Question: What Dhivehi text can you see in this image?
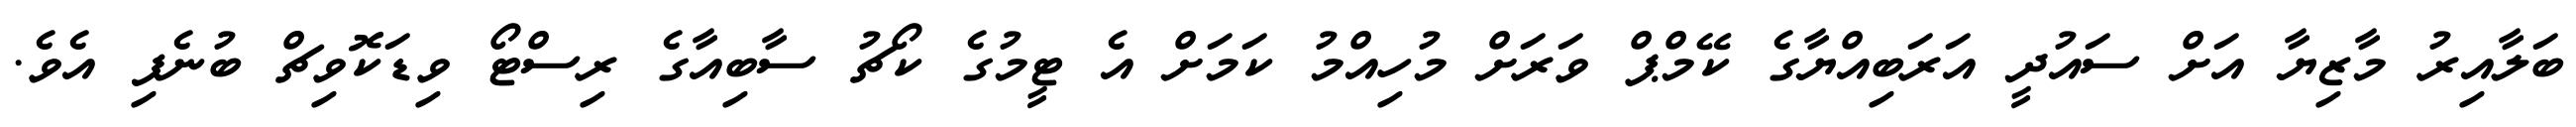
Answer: ބަލާއިރު މާޒިޔާ އަށް ސައުދީ އަރަބިއްޔާގެ ކޭމްޕް ވަރަށް މުހިއްމު ކަމަށް އެ ޓީމުގެ ކޯޗު ސާބިއާގެ ރިސްޓޯ ވިޑަކޮވިޗް ބުނެފި އެވެ.